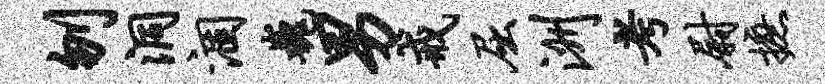
刎洞涸巍男戒屈洲考尉摭